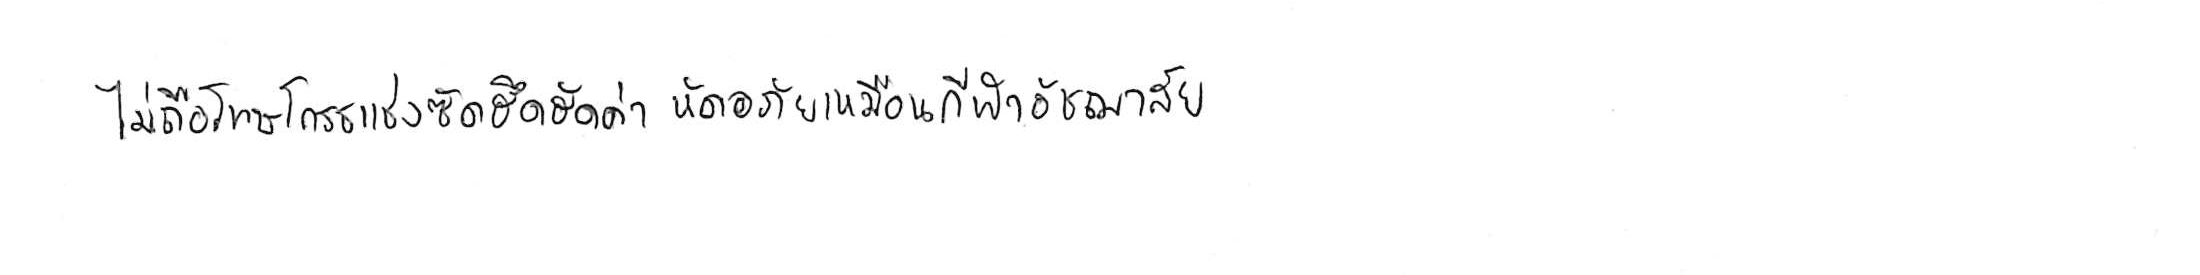
ไม่ถือโทษโกรธแช่งซัดฮึดฮัดด่า หัดอภัยเหมือนกีฬาอัชฌาสัย